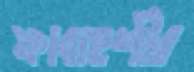
ফাবাহশীর